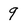
Character: 9